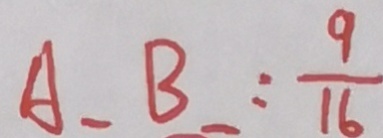
A - B = \frac { 9 } { 1 6 }